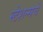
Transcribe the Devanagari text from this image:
स्टेशन्सचे